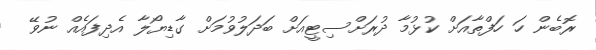
ރޮބެން ހަ ހަފްތާއަށް ކުޅުމާ ދުރަށްސިޓީއަށް ބަދަލުވުމަށް ގާޑިޔޯލާ އެދިފައެއް ނުވޭ